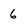
Character: 6